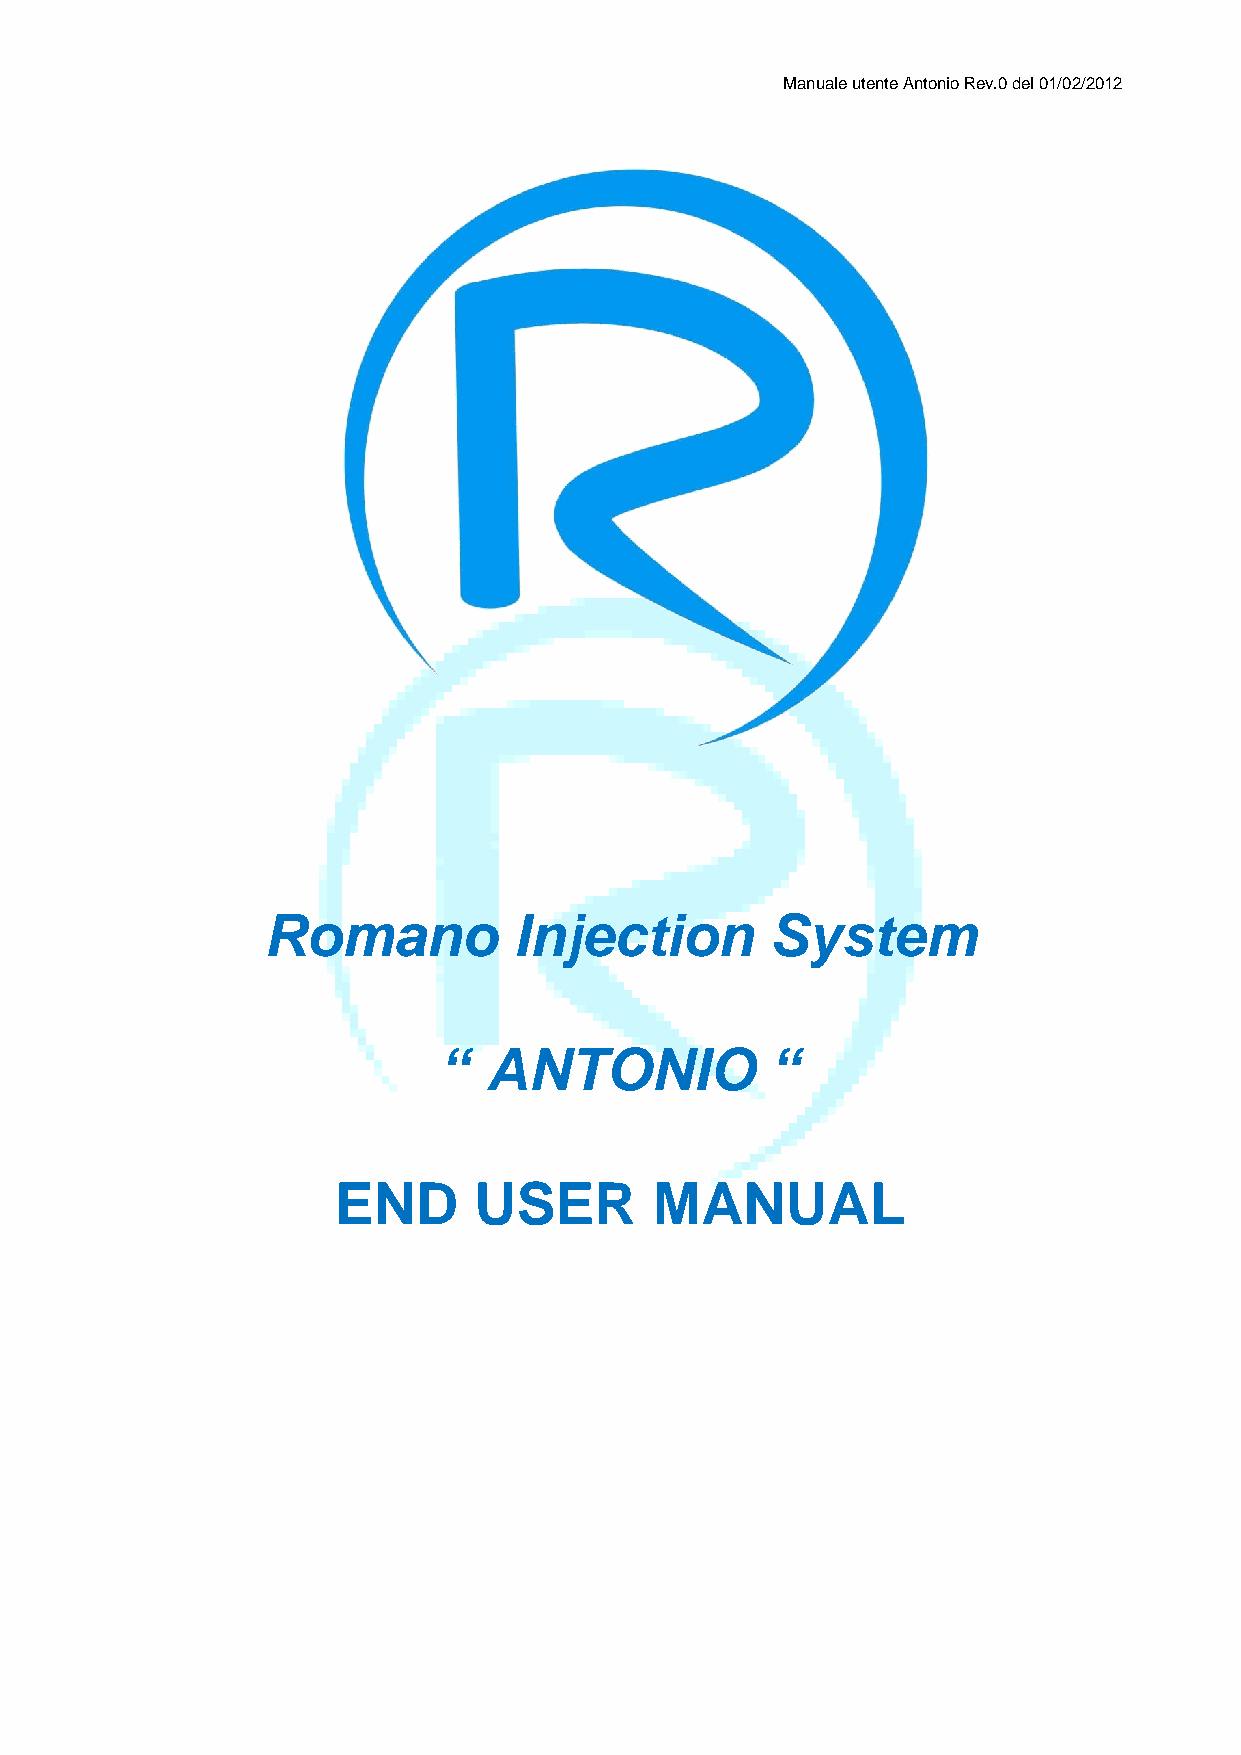
Manuale utente Antonio Rev.0 del 01/02/2012
 Romano           Injection        System
 “  ANTONIO            “
 END      USER        MANUAL